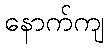
နောက်ကျ